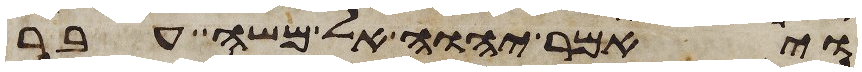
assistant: ויאמר יהוה אל משה עבר